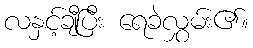
လနှင့်ချီပြီး ရေခဲလွှမ်း၏။